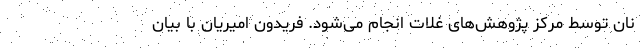
نان توسط مرکز پژوهش‌های غلات انجام می‌شود. فریدون امیریان با بیان